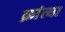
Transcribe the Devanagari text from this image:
क्रांत्या